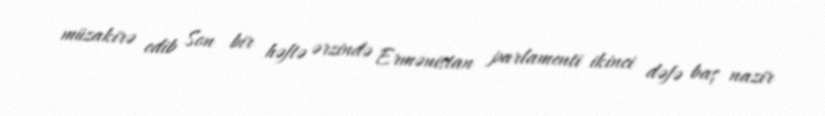
müzakirə edib Son bir həftə ərzində Ermənistan parlamenti ikinci dəfə baş nazir